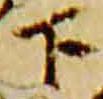
下